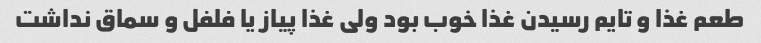
طعم غذا و تایم رسیدن غذا خوب بود ولی غذا پیاز یا فلفل و سماق نداشت